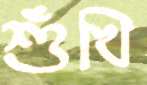
শুঁখি